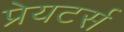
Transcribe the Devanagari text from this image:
प्रेयटर्स